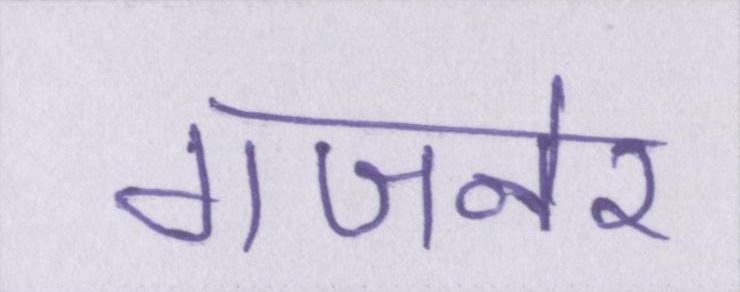
गजनेर